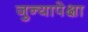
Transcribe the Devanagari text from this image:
जुन्यापेक्षा